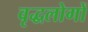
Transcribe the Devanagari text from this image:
वृद्धलोगों